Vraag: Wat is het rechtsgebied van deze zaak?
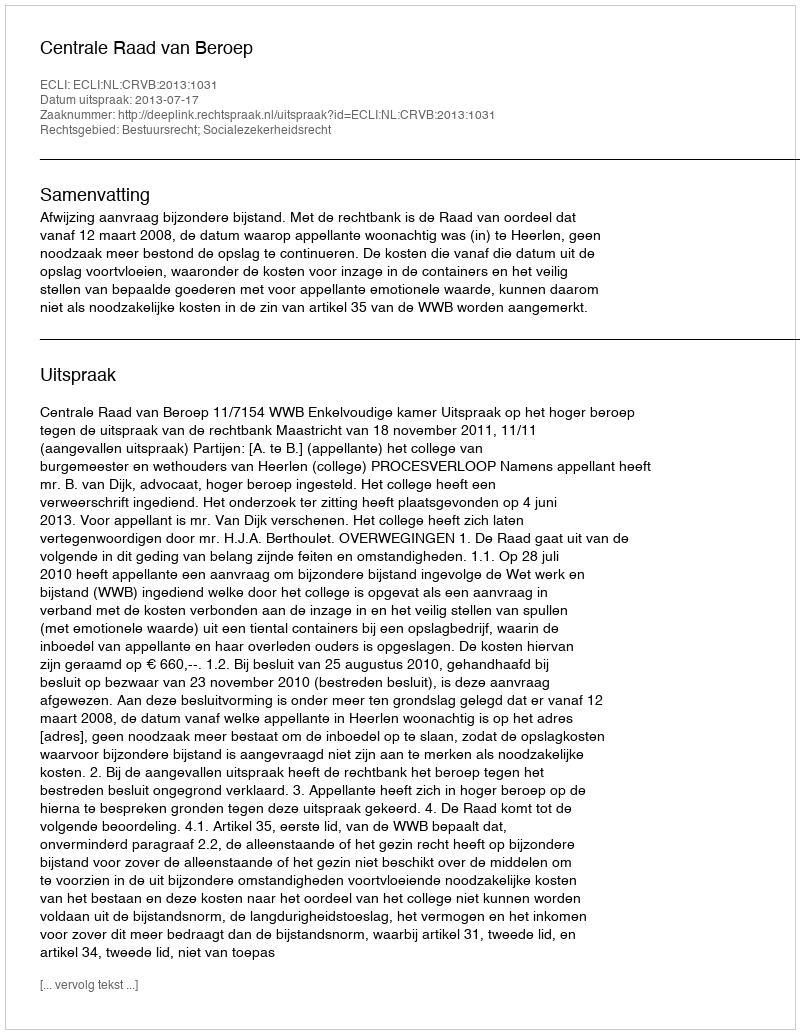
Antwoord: Bestuursrecht; Socialezekerheidsrecht